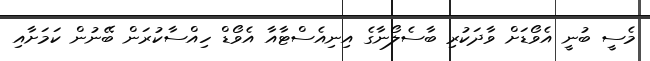
މެސީ ބުނީ އެވޯޑަށް ވާދަކުރި ބާސެލޯނާގެ އިނިއެސްޓާއާ އެވޯޑް ހިއްސާކުރަން ބޭނުން ކަމަށާއި